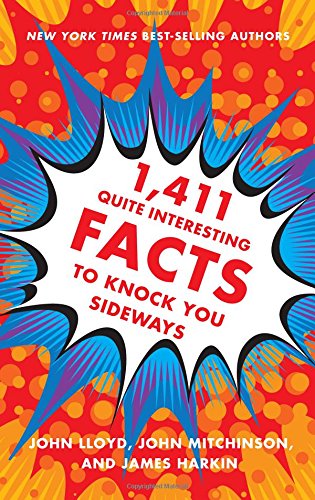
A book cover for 1,411 Quite Interesting Facts to Knock You Sideways; John Lloyd; Humor & Entertainment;